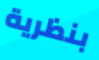
بنظرية